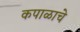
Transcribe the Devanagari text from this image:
कपाळाचे